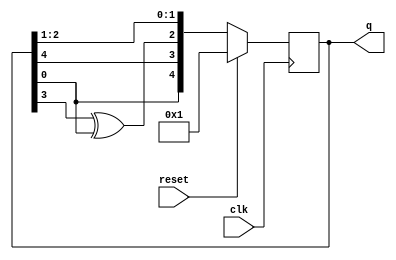
module top_module(
	input clk,
	input reset,
	output reg [4:0] q);
	
	reg [4:0] q_next;		// q_next is not a register

	// Convenience: Create a combinational block of logic that computes
	// what the next value should be. For shorter code, I first shift
	// all of the values and then override the two bit positions that have taps.
	// A logic synthesizer creates a circuit that behaves as if the code were
	// executed sequentially, so later assignments override earlier ones.
	// Combinational always block: Use blocking assignments.
	always @(*) begin
		q_next = q[4:1];	// Shift all the bits. This is incorrect for q_next[4] and q_next[2]
		q_next[4] = q[0];	// Give q_next[4] and q_next[2] their correct assignments
		q_next[2] = q[3] ^ q[0];
	end
	
	
	// This is just a set of DFFs. I chose to compute the connections between the
	// DFFs above in its own combinational always block, but you can combine them if you wish.
	// You'll get the same circuit either way.
	// Edge-triggered always block: Use non-blocking assignments.
	always @(posedge clk) begin
		if (reset)
			q <= 5'h1;
		else
			q <= q_next;
	end
    
    // my solution
    // always @(posedge clk) begin
    //     if (reset)
    //         q<=5'h1;
    //     else begin
    //         q[0]<=q[1];
    //         q[1]<=q[2];
    //         q[2]<=q[0]^q[3];
    //         q[3]<=q[4];
    //         q[4]<=q[0]^1'b0;
    //     end
    // end

endmodule